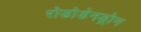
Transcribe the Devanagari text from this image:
रोडोडेनड्रोन